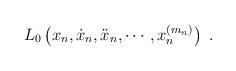
LaTeX: \begin{align*}L_0\left(x_n,\dot{x}_n,\ddot{x}_n,\cdots,x_n^{(m_n)}\right)\ .\end{align*}